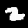
Digit: 2